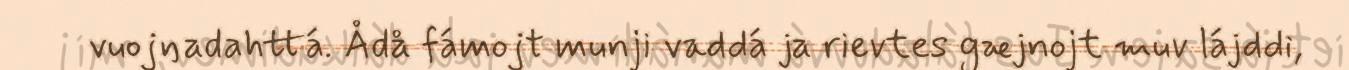
vuojŋadahttá. Ådå fámojt munji vaddá ja rievtes gæjnojt muv lájddi,